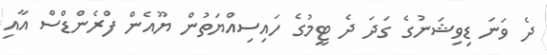
ދެ ވަނަ ޑިވިޝަނުގެ ގަދަ ދެ ޓީމުގެ ހައިސިއްޔަތުން ޔޫއެން ފްރެންޑްސް އާއި